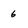
Character: 6